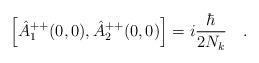
LaTeX: \begin{align*}\Big[\hat{A}_1^{++}(0,0),\hat{A}_2^{++}(0,0)\Big]=i\frac{\hbar}{2N_k}\ \ \ .\end{align*}